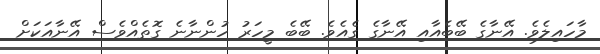
މާހައިލެވެ. އޭނާގެ ބޭބެއާއި އޭނާގެ ގެއެވެ. ބޭބެ މީހަރު ހުންނާނެ ގޮތެއްވެސް އޭނާއަކަށް